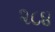
૨૮૪